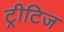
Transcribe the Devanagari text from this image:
ट्रीटिज